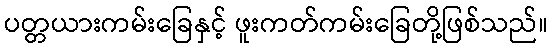
ပတ္တယားကမ်းခြေနှင့် ဖူးကတ်ကမ်းခြေတို့ဖြစ်သည်။